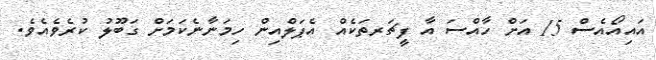
އައިއޯއެސް 15 އަށް ހާއްސަ އާ ފީޗަރތަކެއް އެޕަލްއިން ހިމަނާނެކަމަށް ގަބޫލު ކުރެވެއެވެ.